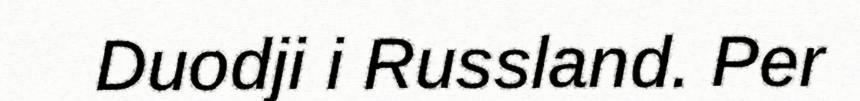
Duodji i Russland. Per